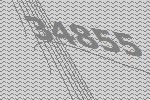
34855